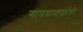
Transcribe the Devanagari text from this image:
गावसमाजांची